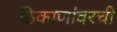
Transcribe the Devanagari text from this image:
ठिकाणांवरची